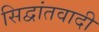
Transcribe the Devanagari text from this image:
सिद्वांतवादी